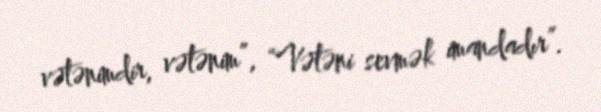
vətənimdir, vətənim”, “Vətəni sevmək imandadır”.